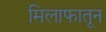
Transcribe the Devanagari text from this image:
मिलाफातून